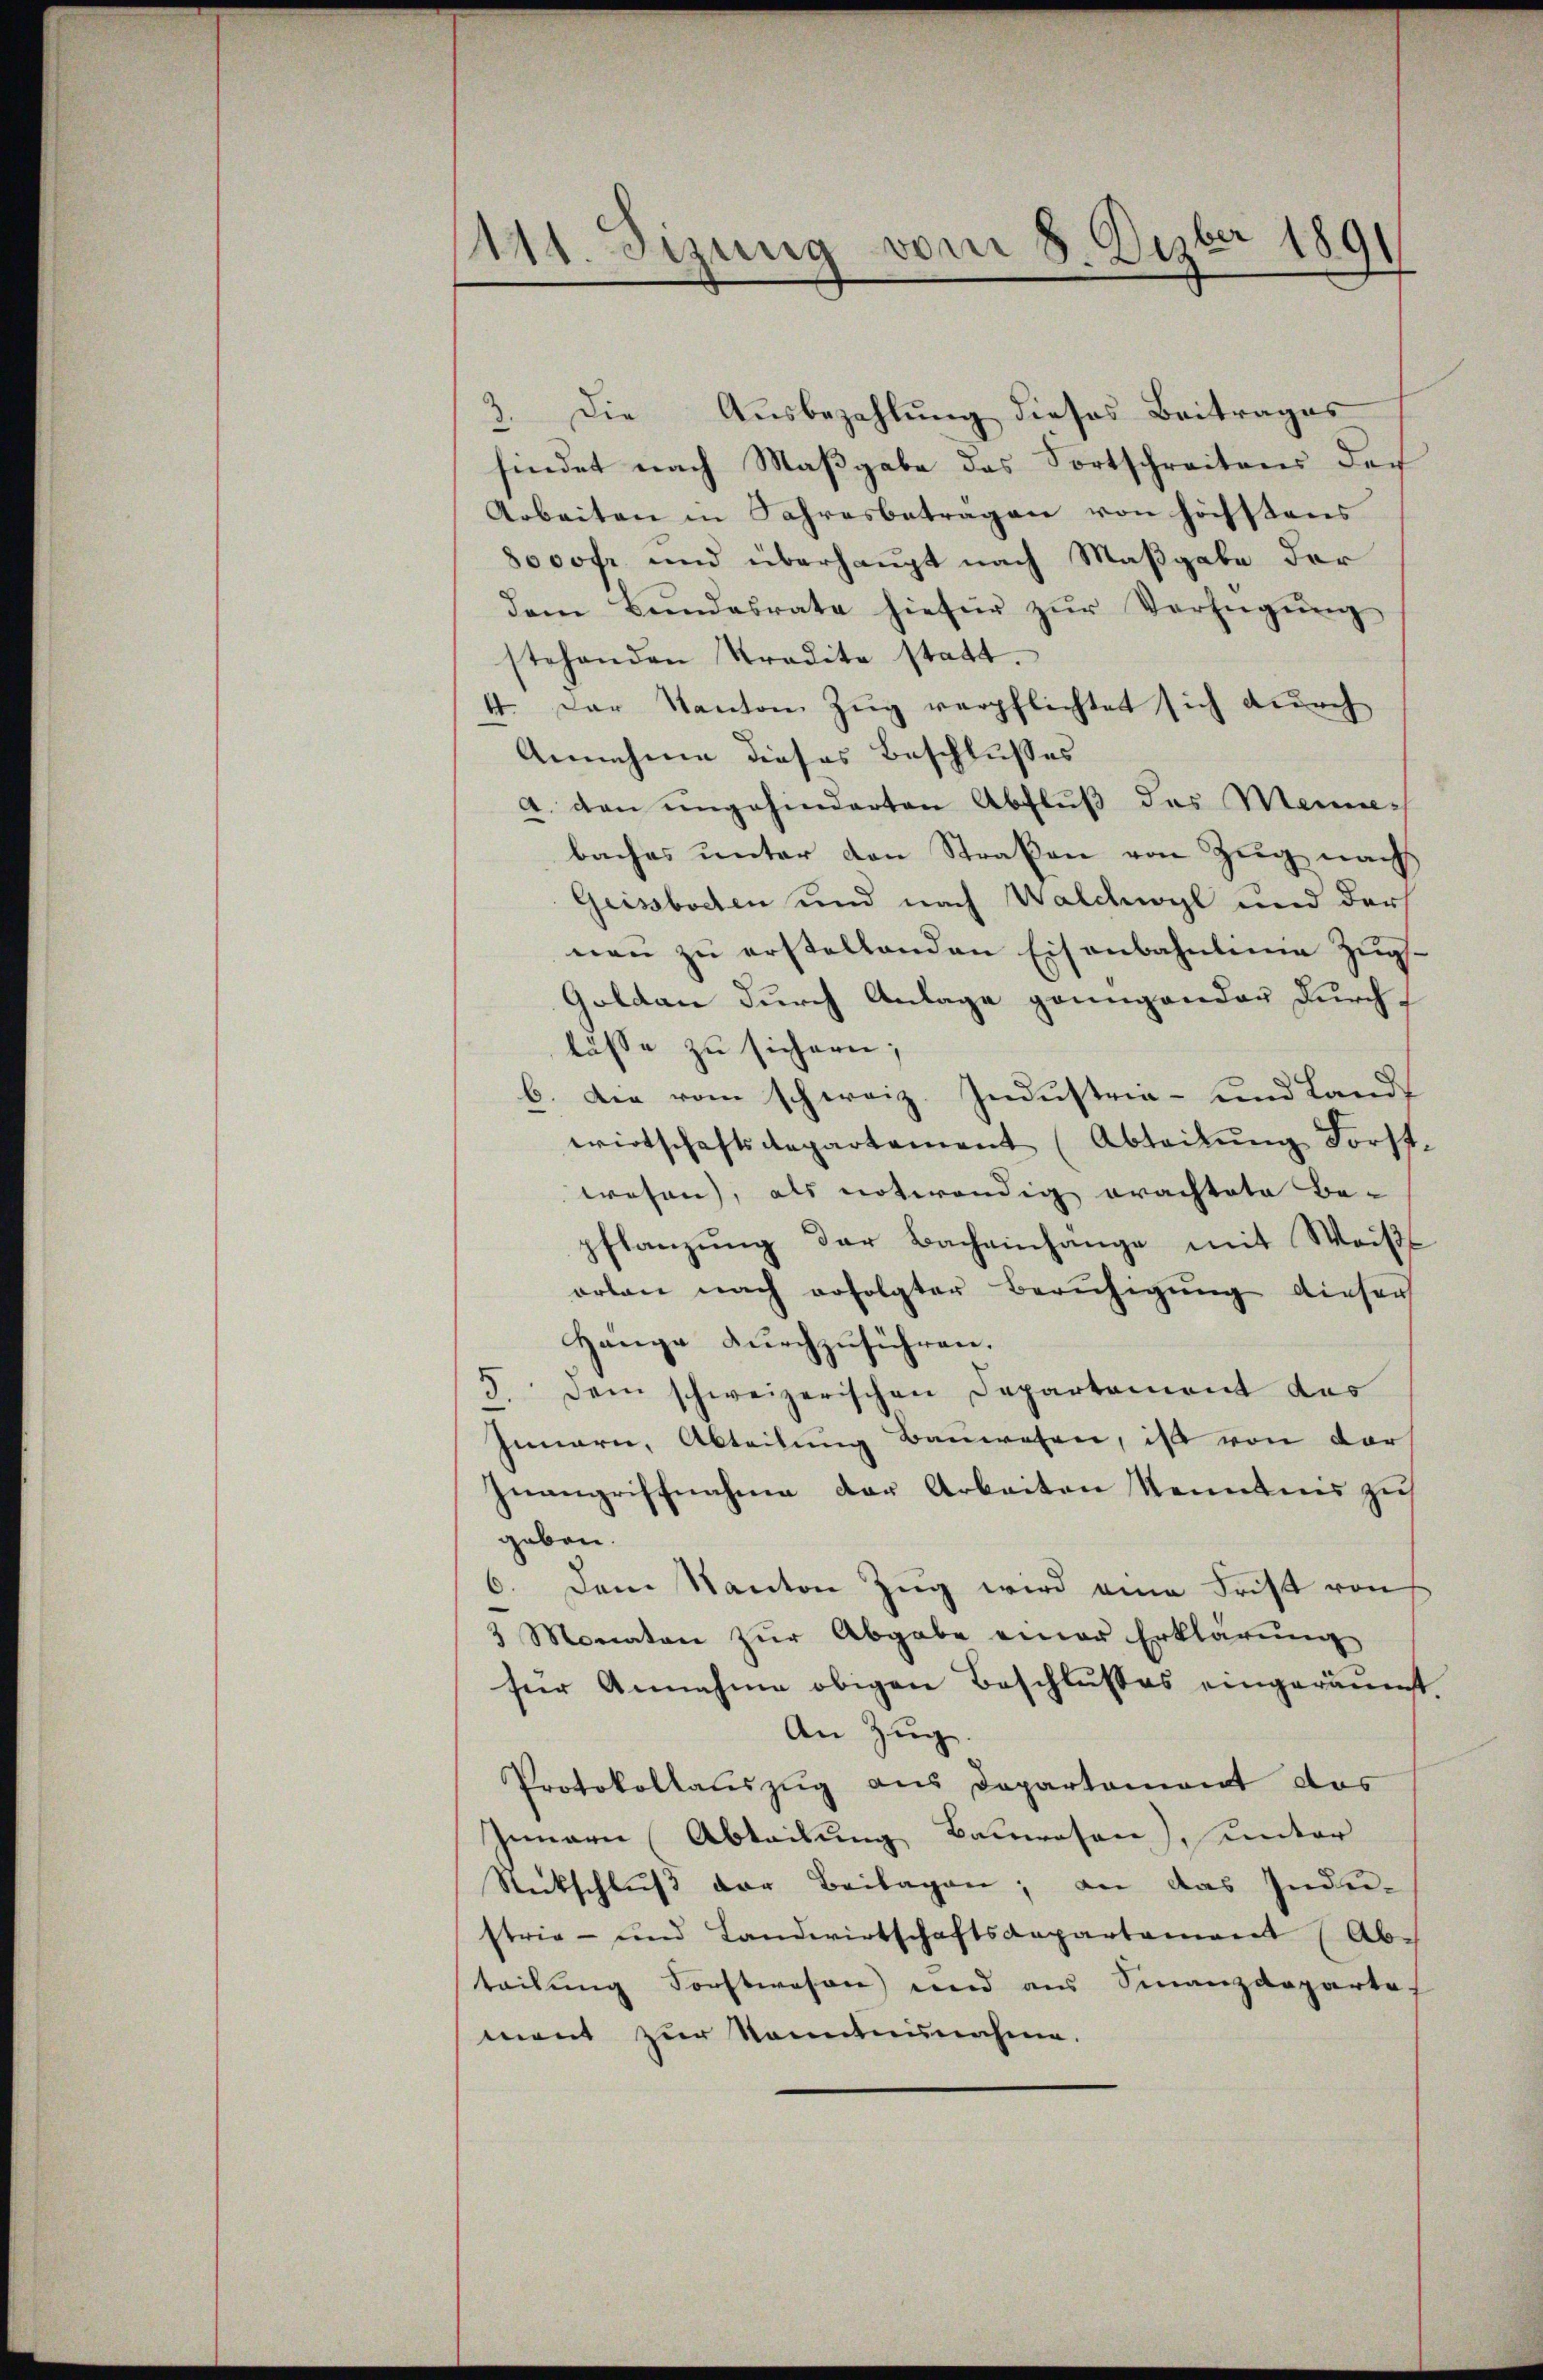
111. Sizung vom 8. Dezbr 1891

3. Die Ausbezahlung dieses Beitrages
findet nach Maβgabe das Fortschreitens der
Arbeiten in Jahresbetragen von höchstens
8000fr. und überhaupt nach Maßgabe der
dem Bundesrate hiefür zur Verfügung
stehenden Stradita statt.
4. Der Kanton Zŭg verpflichtet sich dŭrch
Annehme dieses Beschlusses
a. den ungehinderten Abfluß des Meine-
baches unter den Straßen von Zug nach
Geisstochen und nach Walchwyl und der
nen zu erstellenden Eisenbahnlinie Zug-
Goldau durch Anlage grungender durch
lasse zu sichern;
6. Die vom schweiz. Industria- und Land
wirtschaftsdepartement (Abteilŭng Forst.
wesen, als notwendig erachtete Be-
pflanzung der Bacheinhänge mit Weißl
orlan nach erfolgter Beruhigung dieser
Hange durchzuführen.
5
dem schweizerischen Departement das
Innern, Abteilung Bauwesen, ist von der
Inangriffnahme der Arbeiten Kenntnis zu
geben.
6. Dem Kanton Zug wird eine Frist von
3 Monaten zŭr Abgabe einer Erklärŭng
für Annahme obigen Beschlusses eingeräumt
An Zug.
Protokollaŭszŭg ans Departement das
Innern Abteilung Bauwesen), unter
Rückschluß der Beilagen; an das Indu-
strie- und Landwirtschaftsdepartament (Ab-
teilung Forstwesen und aus Finanzdeparte
ment zur Kenntnunahmen.